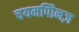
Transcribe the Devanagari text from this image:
चयमपीिनज़